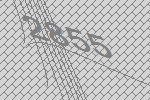
2855